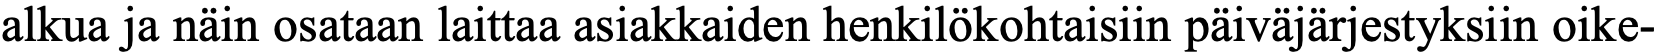
alkua ja näin osataan laittaa asiakkaiden henkilökohtaisiin päiväjärjestyksiin oike-